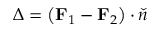
\Delta = \left( \mathbf { F } _ { 1 } - \mathbf { F } _ { 2 } \right) \cdot \check { n }